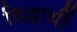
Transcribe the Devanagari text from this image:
विद्वार्थी